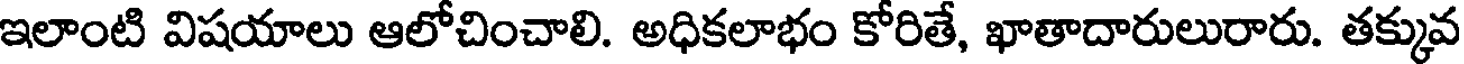
ఇలాంటి విషయాలు ఆలోచించాలి. అధికలాభం కోరితే, ఖాతాదారులురారు. తక్కువ